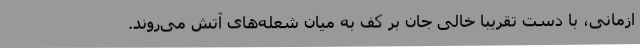
ازمانی، با دست تقریبا خالی جان بر کف به میان شعله‌های آتش می‌روند.